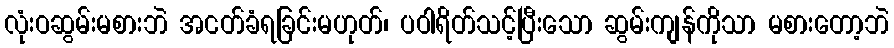
လုံးဝဆွမ်းမစားဘဲ အငတ်ခံရခြင်းမဟုတ်၊ ပဝါရိတ်သင့်ပြီးသော ဆွမ်းကျန်ကိုသာ မစားတော့ဘဲ